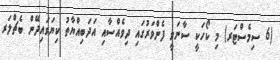
(6 ސިމެސްޓަރ) މި ކޯހަކީ ސާނަވީ ފެންވަރުގައި ދިވެއްސާއި އަދަބިއްޔާތު ކިޔަވައިދޭން ބެޗްލަރ